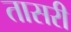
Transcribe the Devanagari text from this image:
तासरी